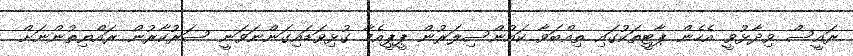
ރައީސް ވިދާޅުުވީ އެހެން ޕާޓީތަކުގައި ތިއްބަވާ ކައުންސިލަރުން ޕީޕީއެމާ ގުޅިވަޑައިގަންނަވަނީ ސަރުކާރުން ރައްޔިތުންނަށް